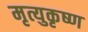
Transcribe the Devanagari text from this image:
मृत्युकृष्ण